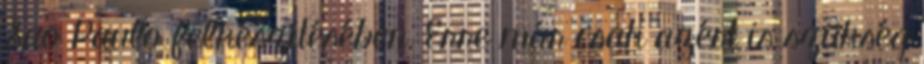
Sao Paulo felkészítésében. Erre már csak azért is szükség